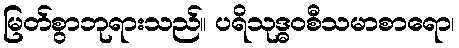
မြတ်စွာဘုရားသည်။ ပရိသုဒ္ဓဝစီသမာစာရော၊